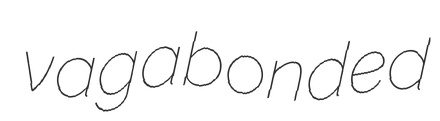
vagabonded